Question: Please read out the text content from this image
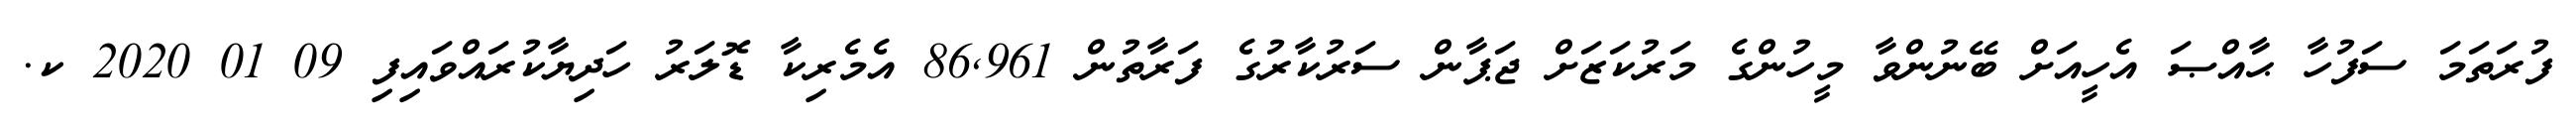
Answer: ފުރަތަމަ ސަފުހާ ޙާއްޞަ އެހީއަށް ބޭނުންވާ މީހުންގެ މަރުކަޒަށް ޖަޕާން ސަރުކާރުގެ ފަރާތުން 86,961 އެމެރިކާ ޑޮލަރު ހަދިޔާކުރައްވައިފި 09 01 2020 ކ.